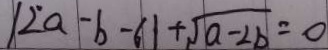
1 2 a - b - 6 1 + \sqrt { a - 2 b } = 0